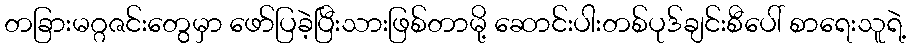
တခြားမဂ္ဂဇင်းတွေမှာ ဖော်ပြခဲ့ပြီးသားဖြစ်တာမို့ ဆောင်းပါးတစ်ပုဒ်ချင်းစီပေါ် စာရေးသူရဲ့